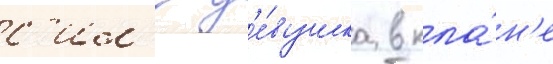
с'ил'е д'е́вушка в кла́н'е